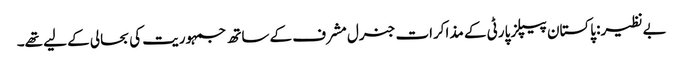
بےنظیر: پاکستان پیپلز پارٹی کے مذاکرات جنرل مشرف کے ساتھ جمہوریت کی بحالی کے لیے تھے۔